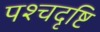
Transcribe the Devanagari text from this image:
पश्चदृष्टि